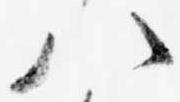
八